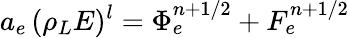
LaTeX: a_{e}\, (\rho_{L}E)^{l}={\Phi}_{e}^{n+1/2}+F_{e}^{n+1/2}